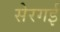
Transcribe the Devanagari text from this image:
सेरगई